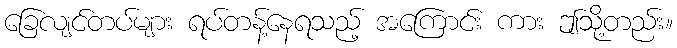
ခြေလျင်တပ်များ ရပ်တန့်နေရသည့် အကြောင်း ကား ဤသို့တည်း။